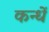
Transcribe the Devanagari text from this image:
कन्धें